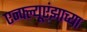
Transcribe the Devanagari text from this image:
एन्फ्ल्यूएंझाच्या